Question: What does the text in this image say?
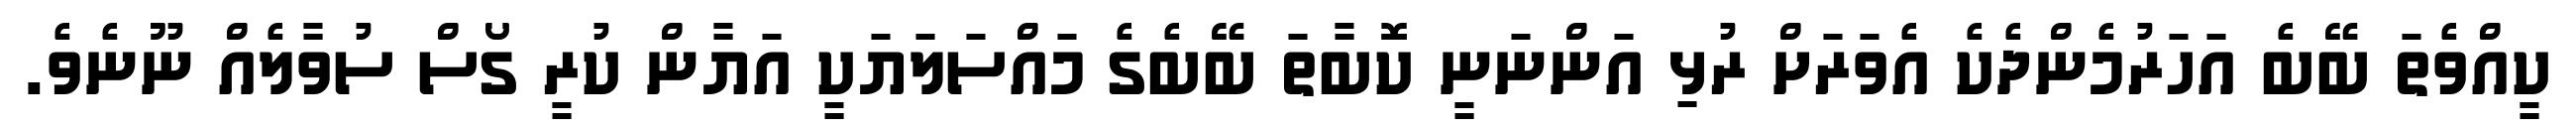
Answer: ކީއްވެތަ ބޭބެ އަހަރުމެންދެކެ އެވަރަށް ރުޅި އަންނަނީ ކޮބާތަ ބޭބެގެ މައްސަލަޔަކީ އަޔާން ކުރީ ގޯސް ސުވާލެއް ނޫނެވެ.